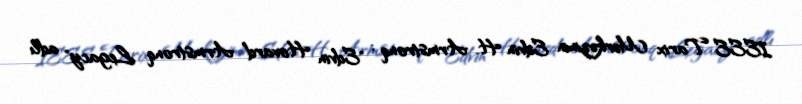
IEEE Tarix Mərkəzinin Edvin H. Armstronq : "Edvin Hovard Armstronq Legacy" adlı